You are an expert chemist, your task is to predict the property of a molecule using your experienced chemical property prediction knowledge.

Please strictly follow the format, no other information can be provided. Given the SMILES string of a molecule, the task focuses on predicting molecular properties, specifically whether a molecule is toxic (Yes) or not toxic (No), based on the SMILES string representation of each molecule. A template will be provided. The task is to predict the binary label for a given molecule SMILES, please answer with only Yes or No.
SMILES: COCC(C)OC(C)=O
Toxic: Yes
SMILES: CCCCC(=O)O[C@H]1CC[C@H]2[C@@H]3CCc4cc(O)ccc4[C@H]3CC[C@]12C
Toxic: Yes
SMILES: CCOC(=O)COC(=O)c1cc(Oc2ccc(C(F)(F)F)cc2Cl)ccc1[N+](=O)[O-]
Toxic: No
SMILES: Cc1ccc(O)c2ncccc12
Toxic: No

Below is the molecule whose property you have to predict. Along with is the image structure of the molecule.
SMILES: COC(COC(N)=O)C1=C(N2CC2)C(=O)C(C)=C(N2CC2)C1=O
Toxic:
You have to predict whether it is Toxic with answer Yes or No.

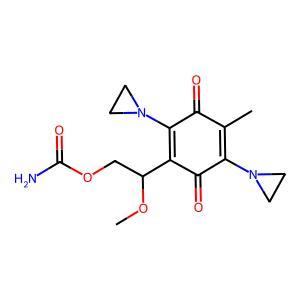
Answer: No